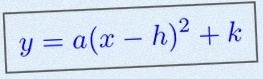
y=a(x-h)^2+k